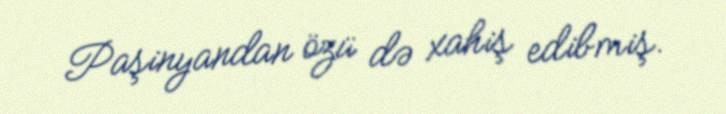
Paşinyandan özü də xahiş edibmiş.